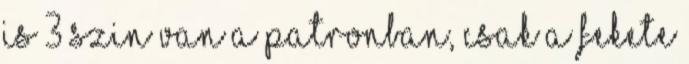
is 3 szin van a patronban, csak a fekete